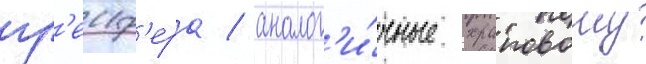
гр'еиф'ера / аналог'и́чные храповому